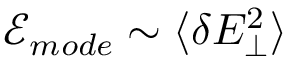
\mathcal { E } _ { m o d e } \sim \langle \delta E _ { \perp } ^ { 2 } \rangle